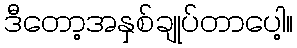
ဒီတော့အနှစ်ချုပ်တာပေါ့။